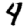
Digit: 4